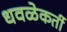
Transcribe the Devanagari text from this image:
धवळेकर्ती